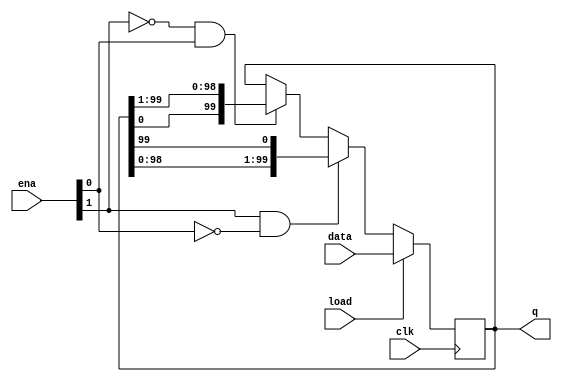
module top_module(
    input clk,
    input load,
    input [1:0] ena,
    input [99:0] data,
    output [99:0] q
); 

reg  [99:0] q_reg;
wire [99:0] q_nxtl, q_nxtr;

assign q_nxtl = {q_reg[98:0], q_reg[99]};
assign q_nxtr = {q_reg[0], q_reg[99:1]};

always @ (posedge clk) begin
    if (load) q_reg <= data;
    else begin
        if (~ena[1] & ena[0])
            q_reg <= q_nxtr;
        if (ena[1] & ~ena[0])
            q_reg <= q_nxtl;
    end
end

assign q = q_reg;

endmodule